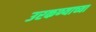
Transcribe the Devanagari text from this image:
उरकण्याच्या